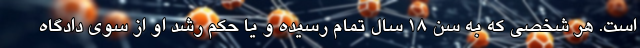
است. هر شخصی که به سن ۱۸ سال تمام رسیده و یا حکم رشد او از سوی دادگاه